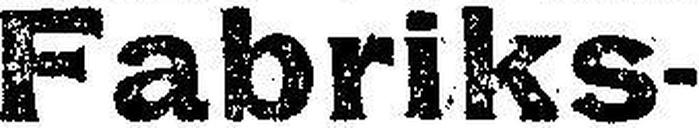
Fabriks¬